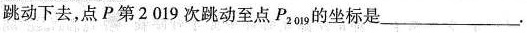
跳动下去，点P第2019次跳动至点P_{2019}的坐标是___.